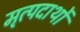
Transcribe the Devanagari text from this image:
मृत्पदार्थो